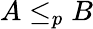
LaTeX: A\leq_{p}B